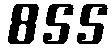
855